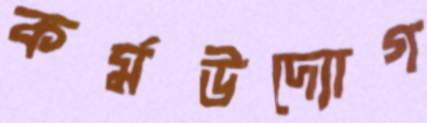
কর্মউদ্যোগ